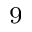
^ 9